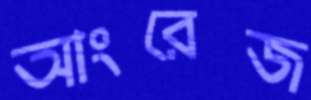
আংরেজ